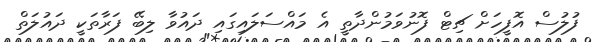
ފުލުސް އޮފީހަށް ޗިޓް ފޮނުވަމުންދާތީ އެ މައްސަލައިގައި ދައުވާ ލިބޭ ފަރާތަކީ ދައުލަތް